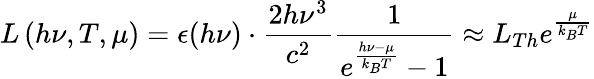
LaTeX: L\left(h\nu,T,\mu\right)=\epsilon(h\nu)\cdot\frac{2h\nu^{3}}{c^{2}}\frac{1}{e^{\frac{h\nu-\mu}{k_{B}T}}-1}\approx L_{Th}e^{\frac{\mu}{k_{B}T}}